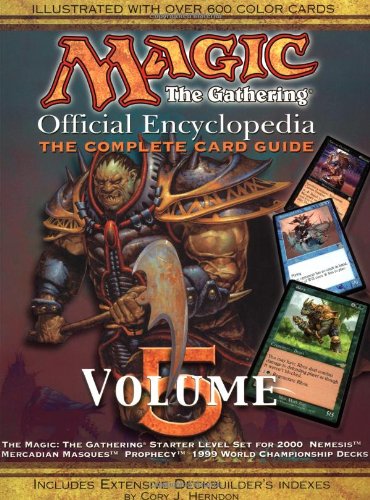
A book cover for Magic: The Gathering -- Official Encyclopedia, Volume 5: The Complete Card Guide; Cory J. Herndon; Science Fiction & Fantasy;